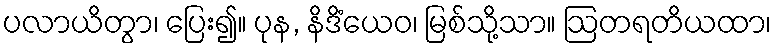
ပလာယိတွာ၊ ပြေး၍။ ပုန, နိဒိံယေဝ၊ မြစ်သို့သာ။ ဩတရတိယထာ၊